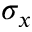
\sigma _ { x }